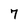
Character: 7